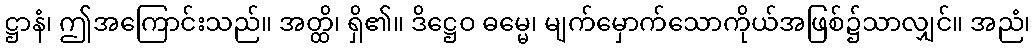
ဋ္ဌာနံ၊ ဤအကြောင်းသည်။ အတ္ထိ၊ ရှိ၏။ ဒိဋ္ဌေဝ ဓမ္မေ၊ မျက်မှောက်သောကိုယ်အဖြစ်၌သာလျှင်။ အညံ၊